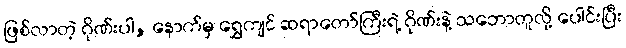
ဖြစ်လာတဲ့ ဂိုဏ်းပါ, နောက်မှ ရွှေကျင် ဆရာတော်ကြီးရဲ့ ဂိုဏ်းနဲ့ သဘောတူလို့ ပေါင်းပြီး